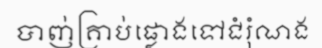
បាញ់គ្រាប់ផ្លោងទៅជំរុំណង